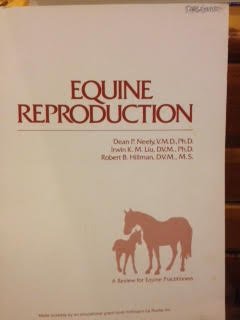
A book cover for Equine reproduction; Dean P Neely; Medical Books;